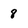
Character: 8